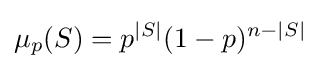
\mu _{p}(S)=p^{|S|}(1-p)^{n-|S|}